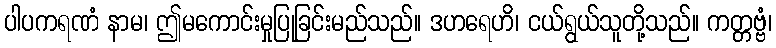
ပါပကရဏံ နာမ၊ ဤမကောင်းမှုပြုခြင်းမည်သည်။ ဒဟရေဟိ၊ ငယ်ရွယ်သူတို့သည်။ ကတ္တဗ္ဗံ၊